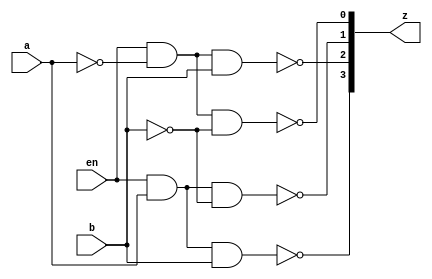

// gate level model
module demux_gl(input a, b, en, output[3:0] z);

	wire a_bar, b_bar;
	
	not v0(a_bar, a);
	not v1(b_bar, b);
	
	nand n0(z[0], en, a_bar, b_bar);
	nand n1(z[1], en, a,     b_bar);
	nand n2(z[2], en, a_bar, b);
	nand n3(z[3], en, a,     b);
	
endmodule